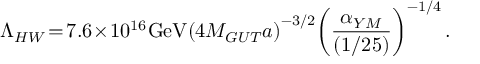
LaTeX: \Lambda _ { H W } \! = \! 7 . 6 \! \times \! 1 0 ^ { 1 6 } \mathrm { G e V } \! \left( 4 M _ { G U T } a \right) ^ { - 3 / 2 } \! \left( \frac { \alpha _ { Y M } } { ( 1 / 2 5 ) } \right) ^ { - 1 / 4 } .